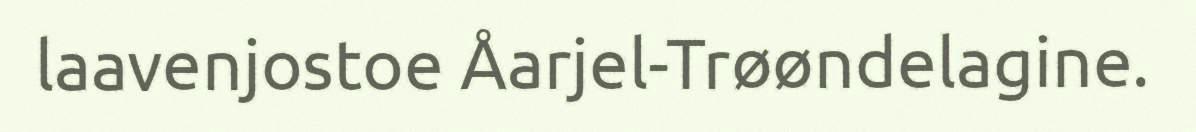
laavenjostoe Åarjel-Trøøndelagine.